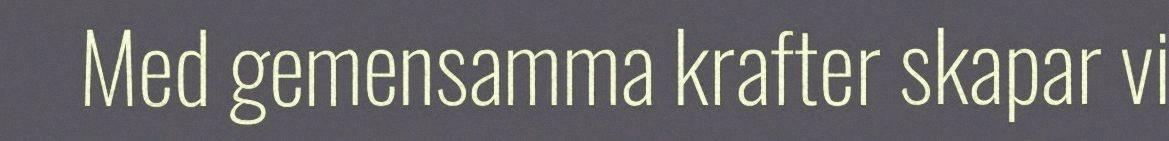
Med gemensamma krafter skapar vi